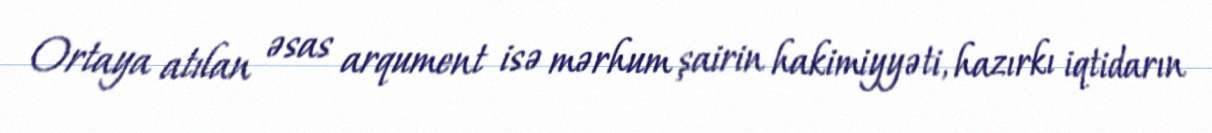
Ortaya atılan əsas arqument isə mərhum şairin hakimiyyəti, hazırkı iqtidarın